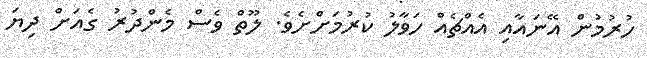
ހުރުމުން އޭނައާއި އެއްޗެއް ހަވާލު ކުރުމަށްށެވެ. ލޫތް ވެސް މެންދުރު ގެއަށް ދިޔަ